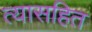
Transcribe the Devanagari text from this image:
त्यासहित